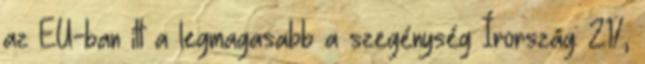
az EU-ban itt a legmagasabb a szegénység Írország: 21%,